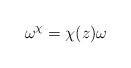
LaTeX: \begin{align*}\omega^\chi=\chi(z)\omega\end{align*}